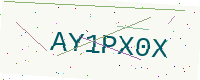
Text: AY1PX0X